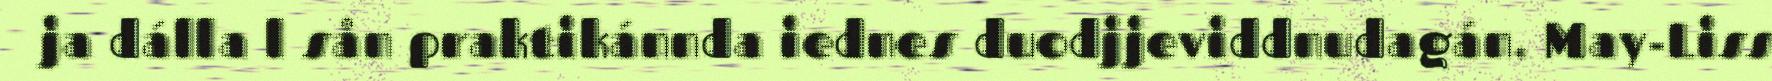
ja dálla l sån praktikánnda iednes duodjjeviddnudagán. May-Liss